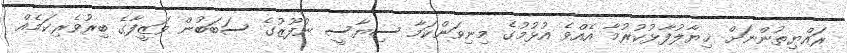
ރައްޔިތުންނަށް ޚިޔާލުފާޅުކުރުމާ އެއްވެ އުޅުމުގެ މިނިވަންކަމާ ސިޔާސީ ނުފޫޒުގެ ސަބަބުން ވަޒީފާގެ ބިރުވެރިކަމެއް